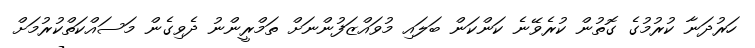
ހަރުދަނާ ކުރުމުގެ ގޮތުން ކުރެވޭނެ ކަންކަން ބަލައި މުވައްޒަފުންނަށް ތަމްރީންނު ދެވިގެން މަސައްކަތްކުރުމަށް